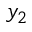
y _ { 2 }